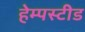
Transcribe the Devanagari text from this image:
हेम्पस्टीड